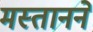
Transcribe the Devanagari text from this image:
मस्तानने